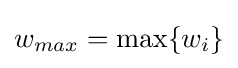
w_{max}=\max\{w_{i}\}